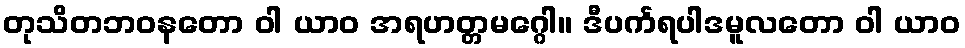
တုသိတဘဝနတော ဝါ ယာဝ အရဟတ္တမဂ္ဂေါ။ ဒီပင်္ကရပါဒမူလတော ဝါ ယာဝ